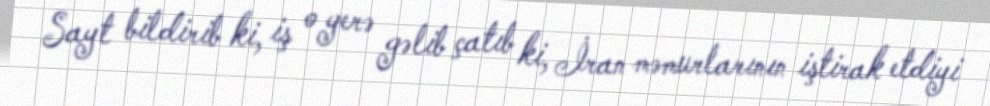
Sayt bildirib ki, iş o yerə gəlib çatıb ki, İran məmurlarının iştirak etdiyi